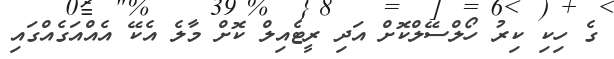
ގެ ހިކި ކިރު ހޯލްސޭލްކޮށް އަދި ރީޓެއިލް ކޮށް މާލެ އެކޭ އެއްއަގެއްގައި